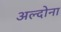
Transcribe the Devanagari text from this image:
अल्दोना